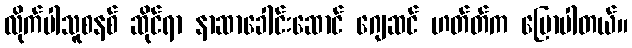
လိုက်ပါသူစနစ် ဆိုင်ရာ နာဆာခေါင်းဆောင် ဂျေဆင် ဟတ်တ်က ပြောပါတယ်။